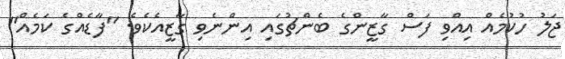
ޖަލު ހުކުމެއް އިއްވި ފަސް ގާޒީންގެ ބެންޗުގައި އިންނެވި ގާޒީއެކެވެ. "ފާޑެއްގެ ކަމެއް"